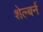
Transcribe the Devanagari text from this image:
शेल्बर्न